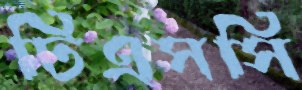
টিএসসি